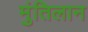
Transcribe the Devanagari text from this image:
मुंतिलान